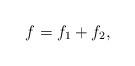
LaTeX: \begin{align*}f=f_{1}+f_{2},\end{align*}